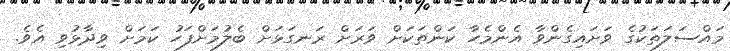
މައްސަލަތަކުގެ ވަށައިގެންވާ އެންމެހާ ކަންތަކަށް ވަރަށް ރަނގަޅަށް ބެލުމަށްފަހު ކަމަށް ވިދާޅުވި އެވެ.